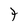
Character: 7